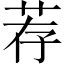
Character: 荐